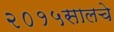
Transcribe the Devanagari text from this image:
२०१५सालचे